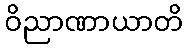
ဝိညာဏာယာတိ